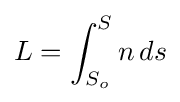
L=\int _{S_{o}}^{S}n\,ds